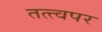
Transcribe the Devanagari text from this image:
तत्त्वपर